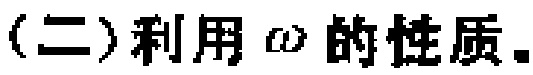
(二)利用\(\omega\)的性质.